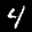
Label: 4